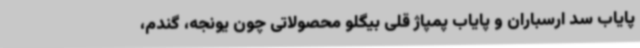
پایاب سد ارسباران و پایاب پمپاژ قلی بیگلو محصولاتی چون یونجه، گندم،